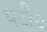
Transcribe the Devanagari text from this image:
पटीय